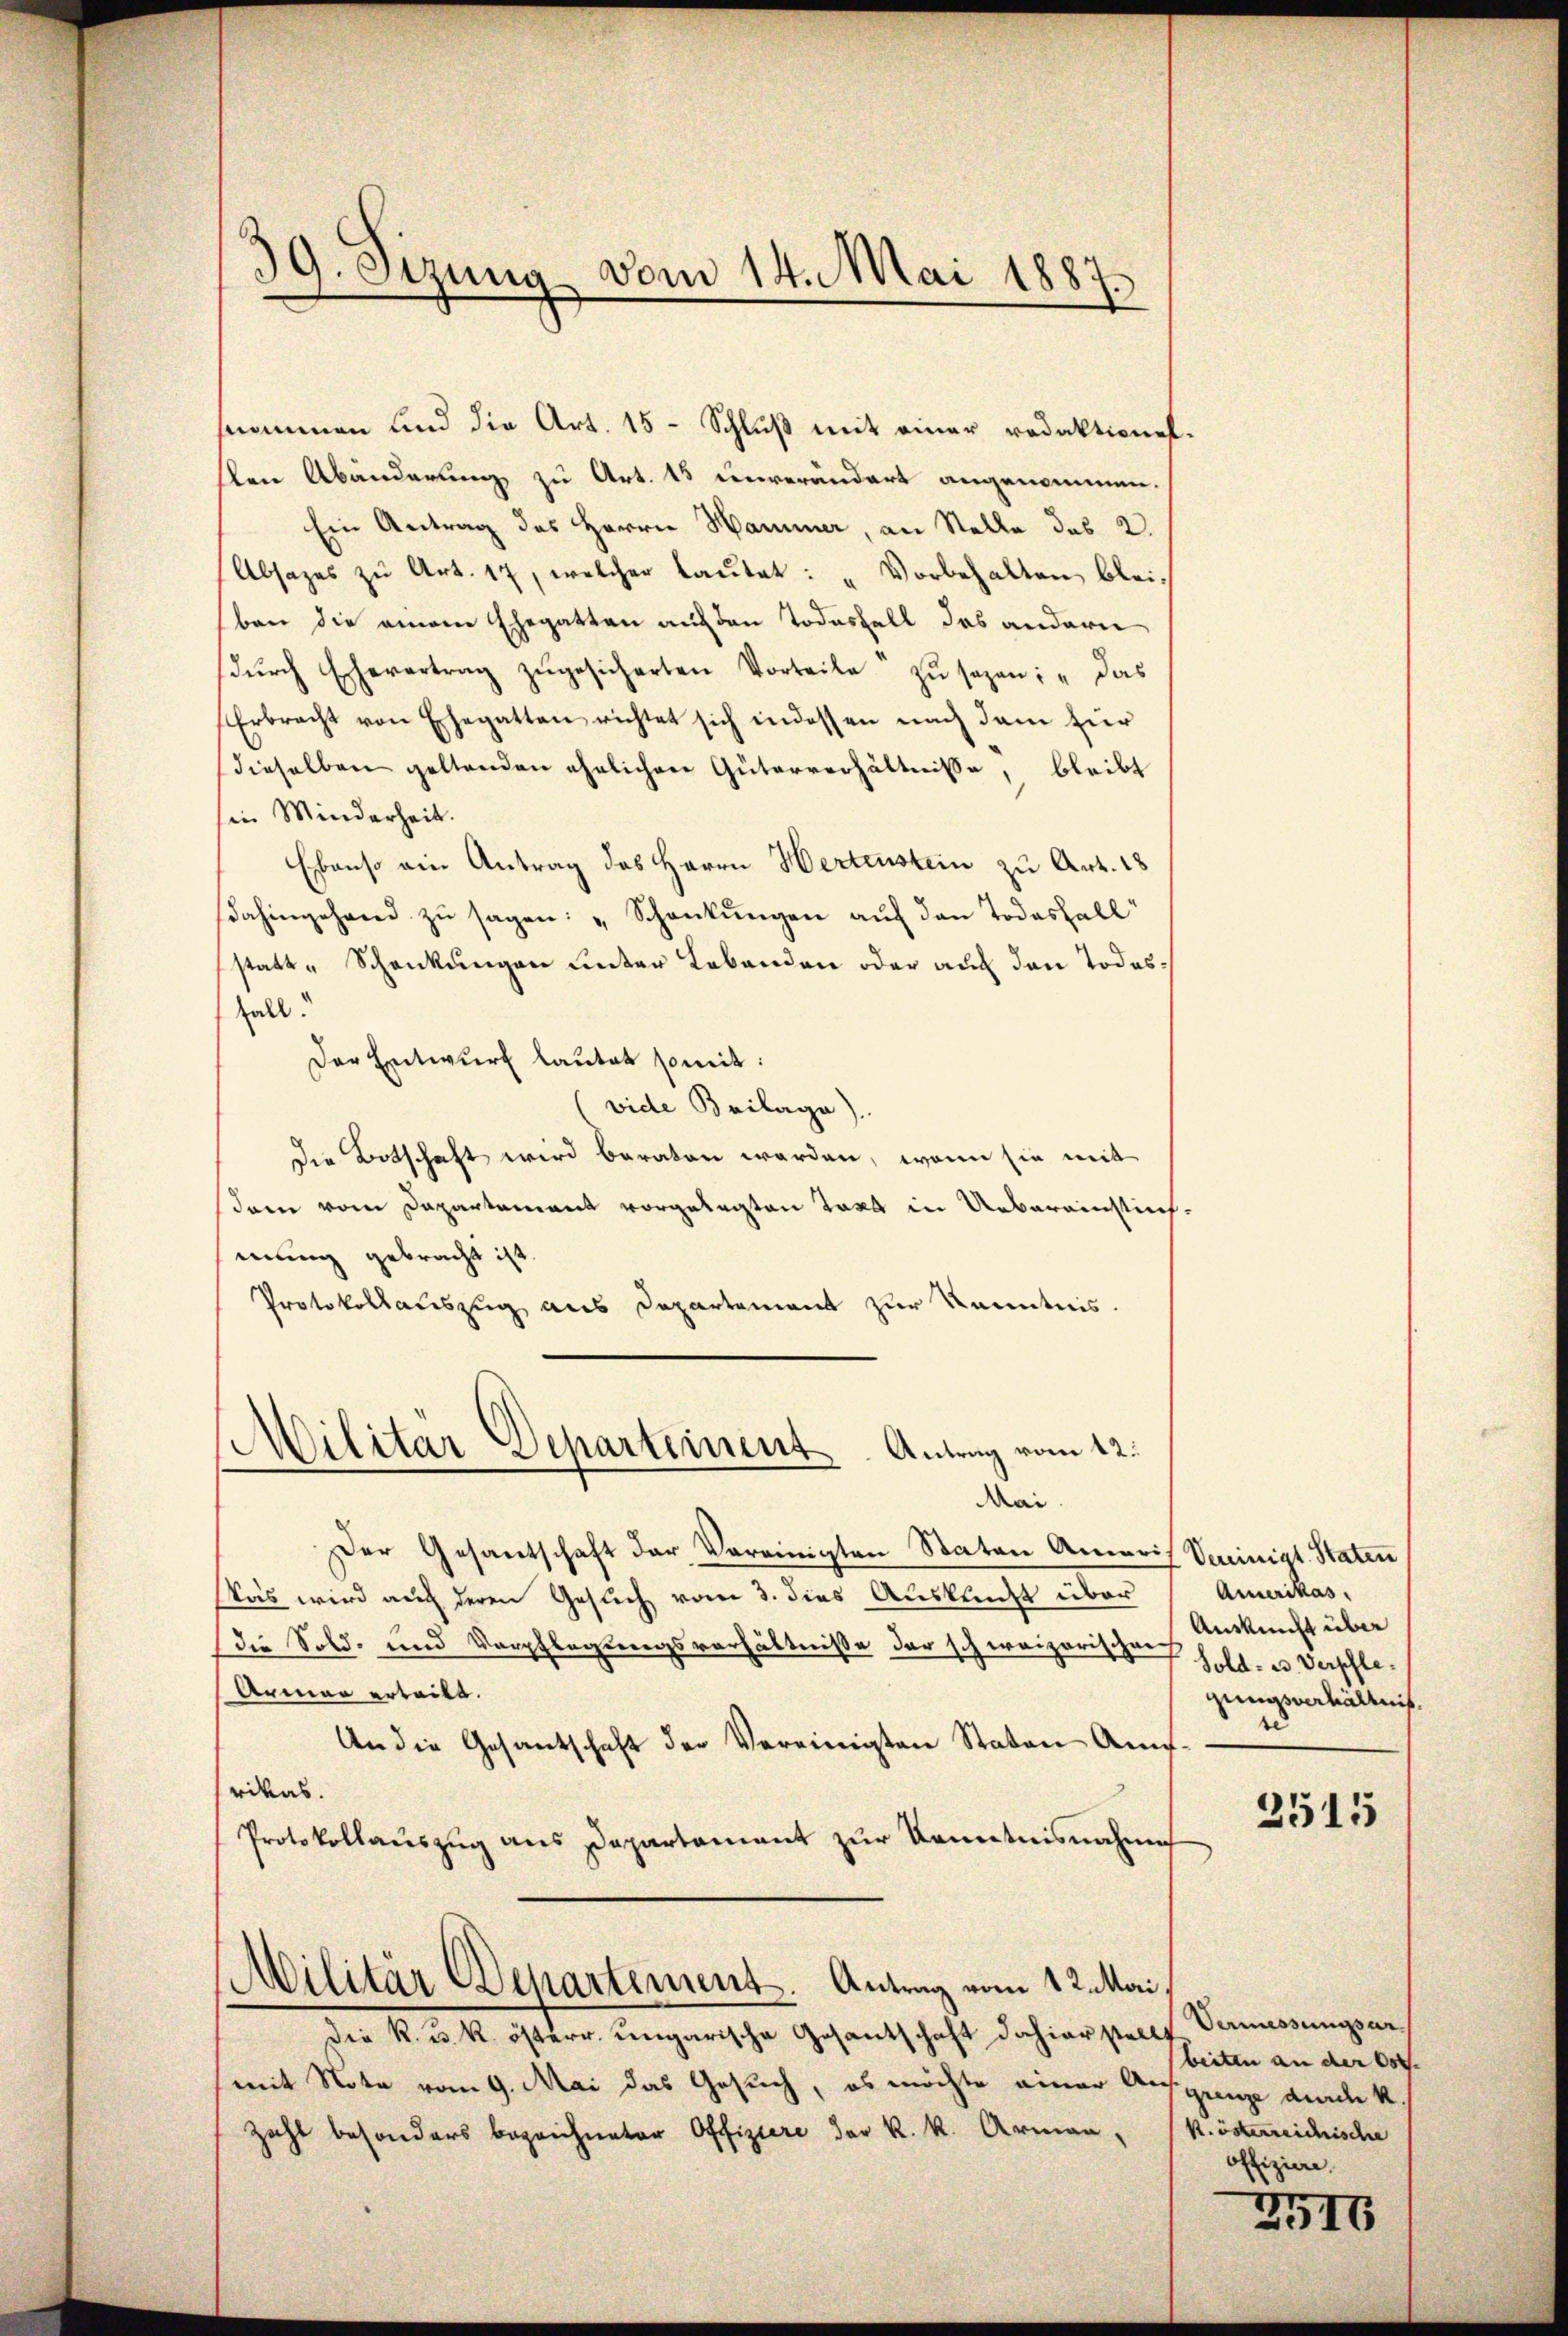
sten Abänderung zu Art. 15 unverändert angenommen.
Ein Antrag des Herrn Hammer, an Stelle das 2
Absages zŭ Art. 17, welcher laŭtet: „Vorbehalten blei-
ban die einen Ehegatten auf den Todesfall das andern
dŭrch Ehevertrag zŭgesicherten Vorteile zŭ sezen: "das
Erbracht von Ehegatten richtet sich indessen nach dem für
dieselben geltenden ehelichen Güterverhältnisse, bleibt
sin Minderheit.
Ebenso ein Antrag des Herrn Hertenstein zu Art. 18
dahingehand zu sagen: „Schankungen auf den Todesfall
statt-Schankungen unter Lebenden oder auf den Todes¬
Fall.
Der Entwurf lautet somit:
vide Beilage).
die Botschaft wird beraten werden, wenn sie mit
dern vom Departement vorgelegten Taxe in Uebereinstich,
mung gebracht ist.
Protokollauszug aus Departement zur Kenntnis.
Militär Departement. Antrag vom 12.
Mai.
Der Gesantschaft der Vereinigten Staten Ameris Seinigt. Staten
Was wird auch deren Gesuch vom 3. dies Ausklicht über
die Sold- und Verpflegungsverhältnisse der schweizerischen Ankunft über
Armen erteilt.
An die Gesantschaft der Vereinigten Staten Auf-
rikas.
Protokollauszug aus Departament zur Kenntnisnahme
Militär Departement. Antrag vom 12. Mai
Die K. u. k. österr. ungarische Gesantschaft dahier stellt Vermessungsarmit Note vom 9. Mai das Gesuch, es möchte einer An¬
Zahl besonders bezeichneter Offiziere der k. k. Armen,

39. Sizung vom 14. Mai 1887.

snommen und die Art. 15- Schluß mit einer redaktione.

Amerikas,
Sold- u. Verpfleguasverhältnis.
te
2515

beiten an der Ost
grenze durch k.
k. österreichische
offiziere.

2516